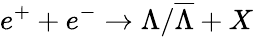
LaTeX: e^{+}+e^{-}\rightarrow\Lambda/\overline{{{\Lambda}}}+X